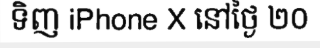
ទិញ iPhone X នៅថ្ងៃ ២០